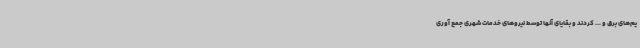
یم‌های برق و ... کردند و بقایای آنها توسط نیروهای خدمات شهری جمع آوری